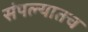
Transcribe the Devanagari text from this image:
संपल्यातच